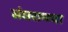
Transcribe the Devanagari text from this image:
संघरामचा